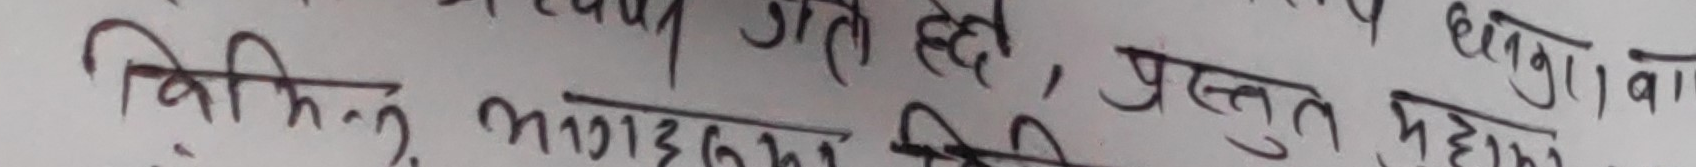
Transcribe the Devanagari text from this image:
विभिन्न भागों मे जाते है, प्रस्तुत महान् घोषणा को